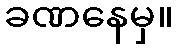
ခဏနေမှ။